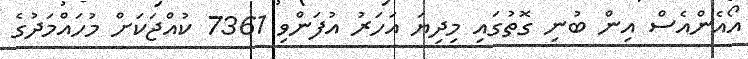
އޯއެންއެސް އިން ބުނި ގޮތުގައި މިދިޔަ އަހަރު އުފަންވި 7361 ކުއްޖަކަށް މުހައްމަދުގެ